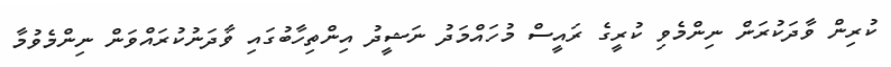
ކުރިން ވާދަކުރަން ނިންމެވި ކުރީގެ ރައީސް މުހައްމަދު ނަޝީދު އިންތިހާބުގައި ވާދަނުކުރައްވަން ނިންމެވުމާ